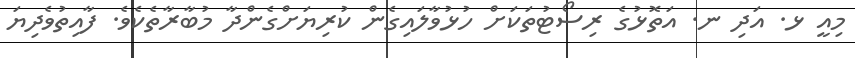
މިއީ ޅ. އަދި ނ. އަތޮޅުގެ ރިސޯޓުތަކަށް ހުޅުވާލައިގެން ކުރިޔަށްގެންދާ މުބާރާތެކެވެ. ފާއިތުވެދިޔަ